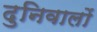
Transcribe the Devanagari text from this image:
दुनिवालों